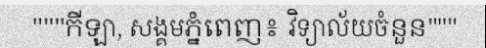
"""កីឡា, សង្គមភ្នំពេញ៖ វិទ្យាល័យចំនួន"""